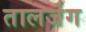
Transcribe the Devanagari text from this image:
तालजंग